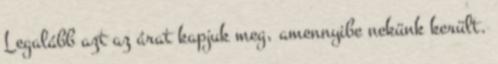
Legalább azt az árat kapjuk meg, amennyibe nekünk került.